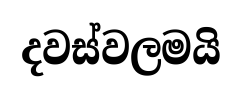
දවස්වලමයි